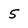
Character: 5